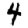
Digit: 4